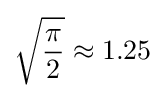
{\sqrt {\frac {\pi }{2}}}\approx 1.25